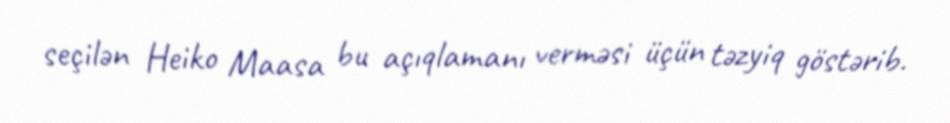
seçilən Heiko Maasa bu açıqlamanı verməsi üçün təzyiq göstərib.